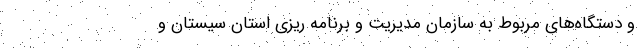
و دستگاه‌های مربوط به سازمان مدیریت و برنامه ریزی استان سیستان و